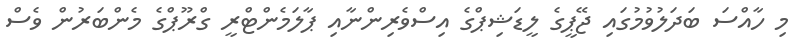
މި ހާއްސަ ބަދަލުވުމުގައި ޖޭޕީގެ ލީޑަޝިޕްގެ އިސްވެރިންނާއި ޕާލަމެންޓްރީ ގްރޫޕްގެ މެންބަރުން ވެސް